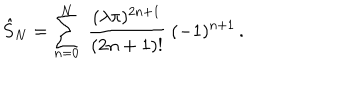
LaTeX: \hat { S } _ { N } = \sum _ { n = 0 } ^ { N } \ { \frac { ( \lambda \pi ) ^ { 2 n + 1 } } { ( 2 n + 1 ) ! } } \ ( - 1 ) ^ { n + 1 } \, .